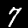
Digit: 7